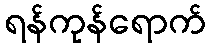
ရန်ကုန်ရောက်